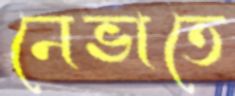
নেভাতে